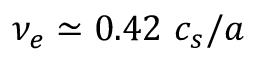
\nu _ { e } \simeq 0 . 4 2 \ c _ { s } / a